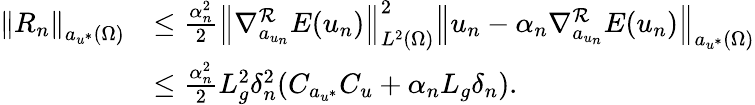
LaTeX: \begin{array}{rl}{\left\Vert R_{n}\right\Vert_{a_{u^{*}}(\Omega)}}&{\leq\frac{\alpha_{n}^{2}}{2}\left\Vert\nabla_{a_{u_{n}}}^{\mathcal{R}}E(u_{n})\right\Vert_{L^{2}(\Omega)}^{2}\left\Vert u_{n}-\alpha_{n}\nabla_{a_{u_{n}}}^{\mathcal{R}}E(u_{n})\right\Vert_{a_{u^{*}}(\Omega)}}\\ &{\leq\frac{\alpha_{n}^{2}}{2}L_{g}^{2}\delta_{n}^{2}(C_{a_{u^{*}}}C_{u}+\alpha_{n}L_{g}\delta_{n}).}\end{array}